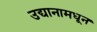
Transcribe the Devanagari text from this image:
उद्यानामधून